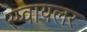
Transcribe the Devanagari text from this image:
स्प्वायलर